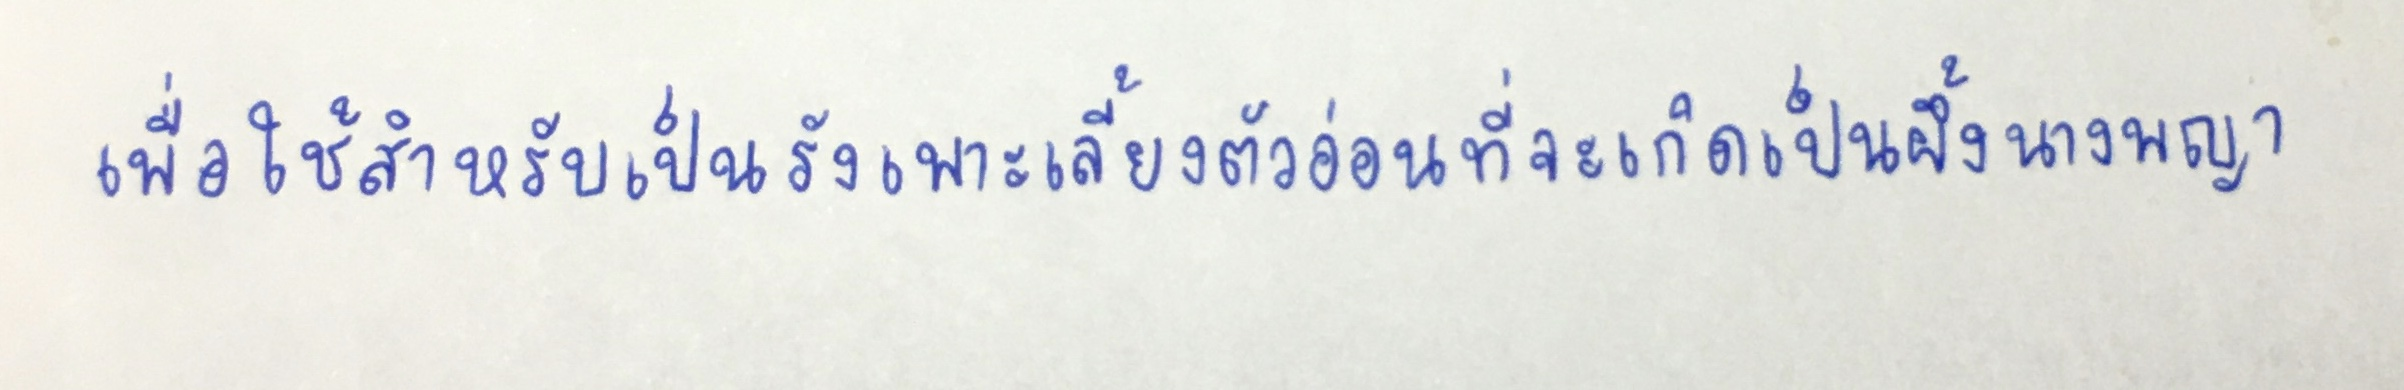
เพื่อใช้สำหรับเป็นรังเพาะเลี้ยงตัวอ่อนที่จะเกิดเป็นผึ้งนางพญา